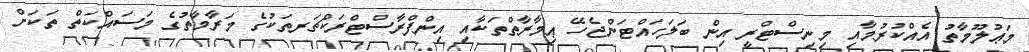
މަޢުލޫމާތު އެއްކުރުމާއި މިނިސްޓްރީ އިން ބަލަހައްޓަންޖެހޭ ޢިމާރާތްތަކާއި އިންފްރާސްޓްރަކްޗަރތަކުގެ މަރާމާތުގެ މަސައްކަތް ތަކަށް